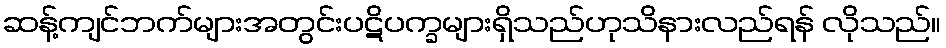
ဆန့်ကျင်ဘက်များအတွင်းပဋိပက္ခများရှိသည်ဟုသိနားလည်ရန် လိုသည်။